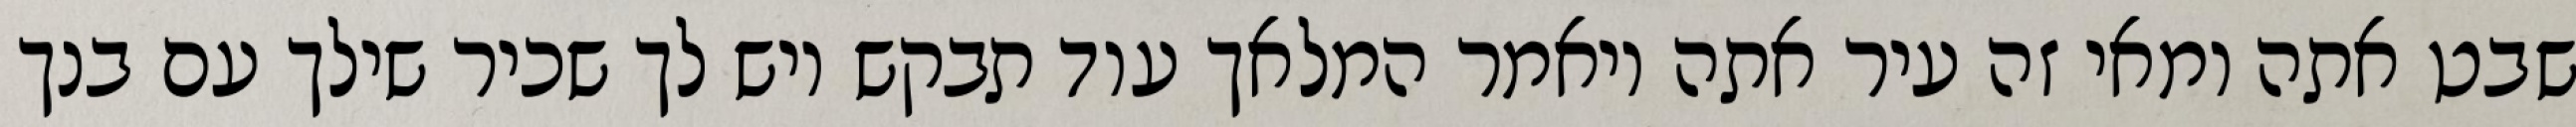
שבט אתה ומאי זה עיר אתה ויאמר המלאך עוד תבקש ויש לך שכיר שילך עם בנך